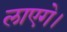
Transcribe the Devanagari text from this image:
लाएगे।